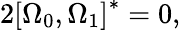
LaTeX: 2\left[\Omega_{0},\Omega_{1}\right]^{*}=0,